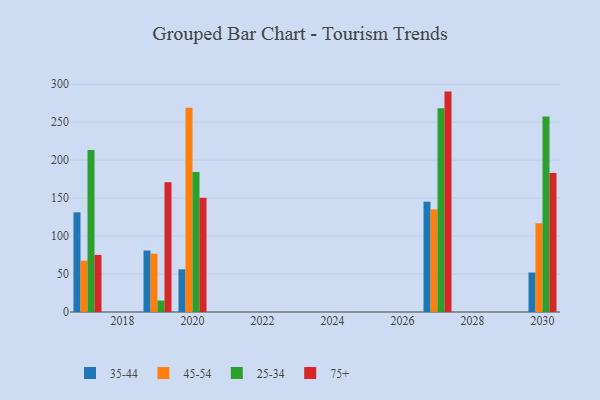
{"axis": {"x": "Year", "y": "Active Users"}, "legend": ["25-34", "35-44", "45-54", "75+"], "data": [{"x": "2017", "y": 131.3, "type": "35-44"}, {"x": "2017", "y": 67.5, "type": "45-54"}, {"x": "2017", "y": 213.3, "type": "25-34"}, {"x": "2017", "y": 75.2, "type": "75+"}, {"x": "2027", "y": 145.3, "type": "35-44"}, {"x": "2027", "y": 135.2, "type": "45-54"}, {"x": "2027", "y": 268.4, "type": "25-34"}, {"x": "2027", "y": 290.3, "type": "75+"}, {"x": "2030", "y": 52.0, "type": "35-44"}, {"x": "2030", "y": 116.9, "type": "45-54"}, {"x": "2030", "y": 257.4, "type": "25-34"}, {"x": "2030", "y": 183.1, "type": "75+"}, {"x": "2019", "y": 81.0, "type": "35-44"}, {"x": "2019", "y": 76.8, "type": "45-54"}, {"x": "2019", "y": 15.1, "type": "25-34"}, {"x": "2019", "y": 171.0, "type": "75+"}, {"x": "2020", "y": 56.2, "type": "35-44"}, {"x": "2020", "y": 269.0, "type": "45-54"}, {"x": "2020", "y": 184.4, "type": "25-34"}, {"x": "2020", "y": 150.4, "type": "75+"}]}